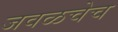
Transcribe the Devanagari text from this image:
जवळचेच